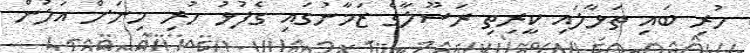
ހުރި ބައި ތަޅާލައި ކީރިތި ރަސޫލާގެ ޒަމާނުގައި ގެފުޅު ހުރި މިނަށް އަލުން